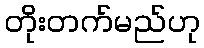
တိုးတက်မည်ဟု